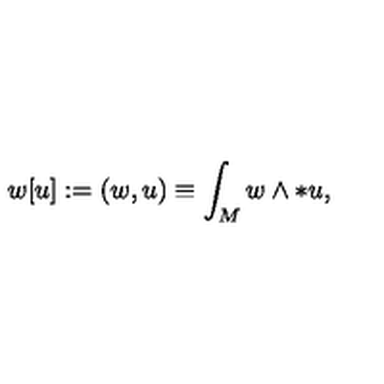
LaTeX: w [ u ] : = ( w , u ) \equiv \int _ { M } w \wedge * u ,